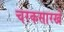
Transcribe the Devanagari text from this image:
चरकसारखे